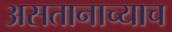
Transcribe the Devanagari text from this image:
असतानाच्याच